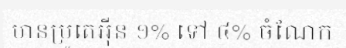
មានប្រូតេអ៊ីន ១% ទៅ ៤% ចំណែក